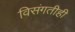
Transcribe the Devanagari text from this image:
विसंगतीही